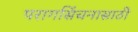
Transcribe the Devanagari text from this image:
परागसिंचनासाठी